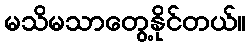
မသိမသာတွေ့နိုင်တယ်။